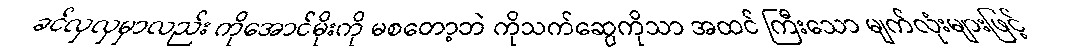
ခင်လှလှမှာလည်း ကိုအောင်မိုးကို မစတော့ဘဲ ကိုသက်ဆွေကိုသာ အထင် ကြီးသော မျက်လုံးများဖြင့်